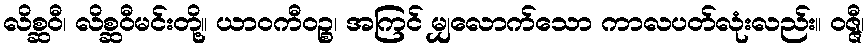
လိစ္ဆဝီ၊ လိစ္ဆဝီမင်းတို့။ ယာဝကီဝဉ္စ၊ အကြင် မျှလောက်သော ကာလပတ်လုံးလည်း။ ဝဇ္ဇီ၊